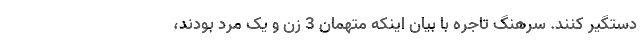
دستگیر کنند. سرهنگ تاجره با بیان اینکه متهمان 3 زن و یک مرد بودند،